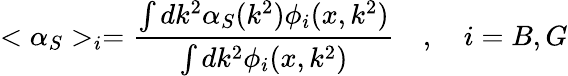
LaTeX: <\alpha_{S}>_{i}=\frac{\int dk^{2}\alpha_{S}(k^{2})\phi_{i}(x,k^{2})}{\int dk^{2}\phi_{i}(x,k^{2})}\quad,\quad i=B,G